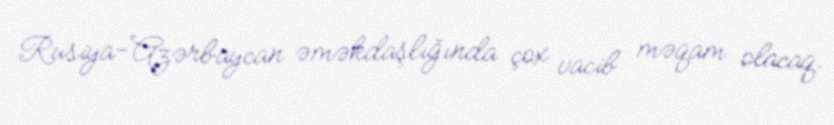
Rusiya-Azərbaycan əməkdaşlığında çox vacib məqam olacaq.